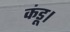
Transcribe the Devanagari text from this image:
कंडू।